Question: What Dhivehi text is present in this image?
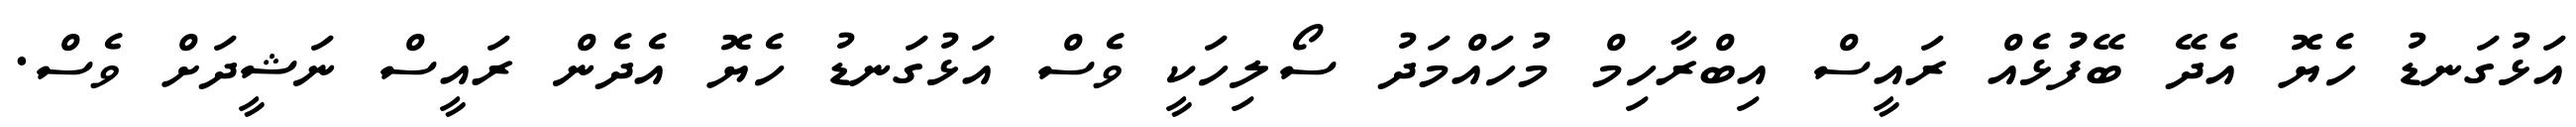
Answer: އަޅުގަނޑު ހެޔޮ އެދޭ ބޭފުުޅެއް ރައީސް އިބްރާހިމް މުހައްމަދު ސޯލިހަކީ ވެސް އަޅުގަނޑު ހެޔޮ އެދެން ރައީސް ނަޝީދަށް ވެސް.